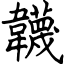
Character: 韤